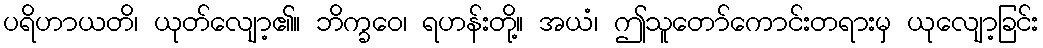
ပရိဟာယတိ၊ ယုတ်လျော့၏။ ဘိက္ခဝေ၊ ရဟန်းတို့။ အယံ၊ ဤသူတော်ကောင်းတရားမှ ယုလျော့ခြင်း